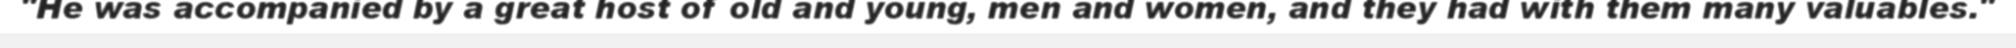
"He was accompanied by a great host of old and young, men and women, and they had with them many valuables."